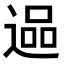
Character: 𮞬